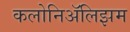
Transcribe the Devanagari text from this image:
कलोनिॲलिझम